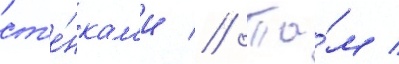
ст'е́нкам'и // Та́м /